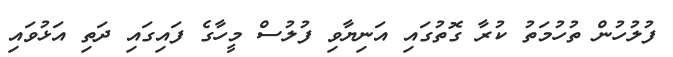
ފުލުހުން ތުހުމަތު ކުރާ ގޮތުގައި އަނިޔާވި ފުލުސް މީހާގެ ފައިގައި ދަތި އަޅުވައި